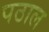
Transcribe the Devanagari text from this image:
पठाल